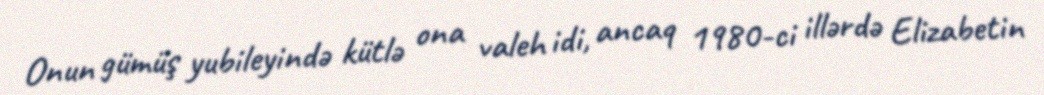
Onun gümüş yubileyində kütlə ona valeh idi, ancaq 1980-ci illərdə Elizabetin